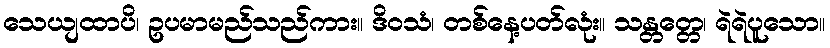
သေယျထာပိ၊ ဥပမာမည်သည်ကား။ ဒိဝသံ၊ တစ်နေ့ပတ်လုံး။ သန္တတ္တေ၊ ရဲရဲပူသော။